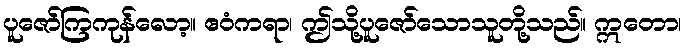
ပူဇော်ကြကုန်လော့။ ဧဝံကရာ၊ ဤသို့ပူဇော်သောသူတို့သည်။ ဣတော၊